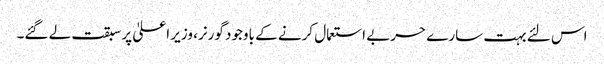
اس لئے بہت سارے حربے استعمال کرنے کے باوجود گورنر، وزیر اعلیٰ پر سبقت لے گئے۔